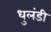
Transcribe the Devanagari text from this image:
धुलंडी